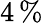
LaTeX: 4\, \%